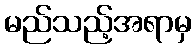
မည်သည့်အရာမှ